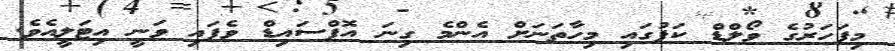
މިފަހަރުގެ ވޯލްޑް ކަޕުގައި މިހާތަނަށް އެންމެ ގިނަ އޮފްސައިޑް ވެފައި ވަނީ އިޓަލީއެވެ.